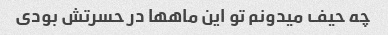
چه حیف میدونم تو این ماهها در حسرتش بودی